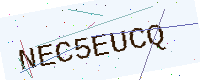
Text: NEC5EUCQ